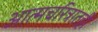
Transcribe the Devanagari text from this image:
आत्मचरित्रातही